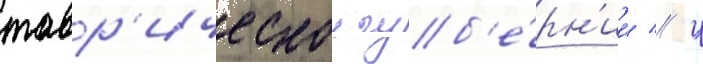
тавр'ическои губ'е́рн'ии // Ч